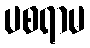
ပစရာမ